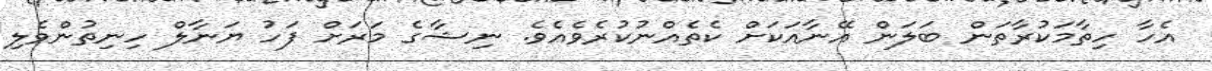
އެހާ ހިތާމަކުރާތަން ބަލަން އޭނާއަކަށް ކެތެއްނުކުރެވެއެވެ. ނިޝާގެ މަރަށް ފަހު ޔަނާލް ހިނިތުންވެލި